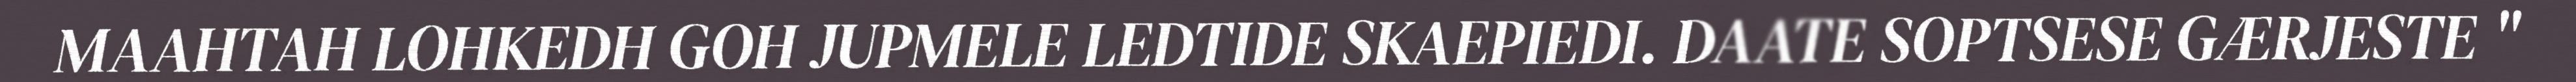
MAAHTAH LOHKEDH GOH JUPMELE LEDTIDE SKAEPIEDI. DAATE SOPTSESE GÆRJESTE "